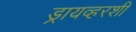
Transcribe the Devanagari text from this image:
ड्रायव्हरशी